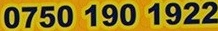
0750 190 1922